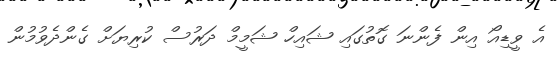
އެ ވީޑިއޯ އިން ފެންނަ ގޮތުގައި ޝައިހް ޝަމީމް ދަރުސް ކުރިޔަށް ގެންދެވުމުން